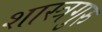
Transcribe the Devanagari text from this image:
शास्त्रगुरु